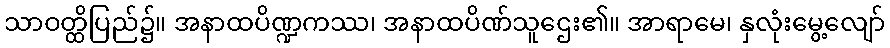
သာဝတ္ထိပြည်၌။ အနာထပိဏ္ဍကဿ၊ အနာထပိဏ်သူဌေး၏။ အာရာမေ၊ နှလုံးမွေ့လျော်